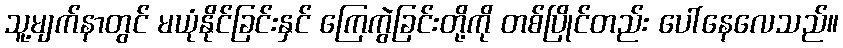
သူ့မျက်နာတွင် မယုံနိုင်ခြင်းနှင် ကြေကွဲခြင်းတို့ကို တစ်ပြိုင်တည်း ပေါ်နေလေသည်။